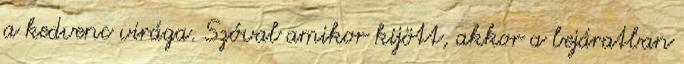
a kedvenc virága. Szóval amikor kijött, akkor a bejáratban